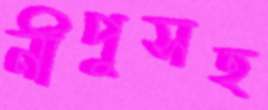
নীপুসহ